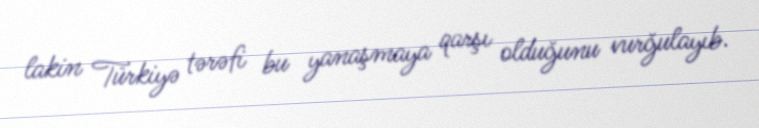
lakin Türkiyə tərəfi bu yanaşmaya qarşı olduğunu vurğulayıb.